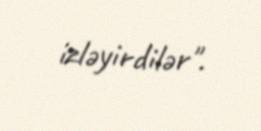
izləyirdilər".